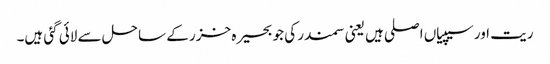
ریت اور سیپیاں اصلی ہیں یعنی سمندر کی جو بحیرہ خزر کے ساحل سے لائی گئی ہیں۔